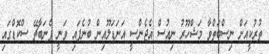
ތުރުކީއަށް ނިސްބަތްވާ މަޝްހޫރު ނިއުސް އެޖެންސީ އަނަޑަލޫއިން ބުނެފައި ވަނީ ފެނަބާޗޭ ސްކޮޑްގައި